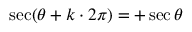
\sec ( \theta + k \cdot 2 \pi ) = + \sec \theta